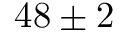
4 8 \pm 2